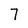
Character: 7